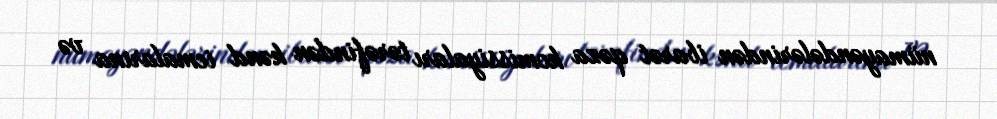
nümayəndələrindən ibarət qəza komissiyaları tərəfindən kənd icmalarına və